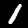
Digit: 1